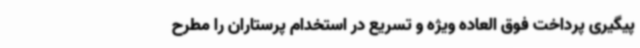
پیگیری پرداخت فوق العاده ویژه و تسریع در استخدام پرستاران را مطرح